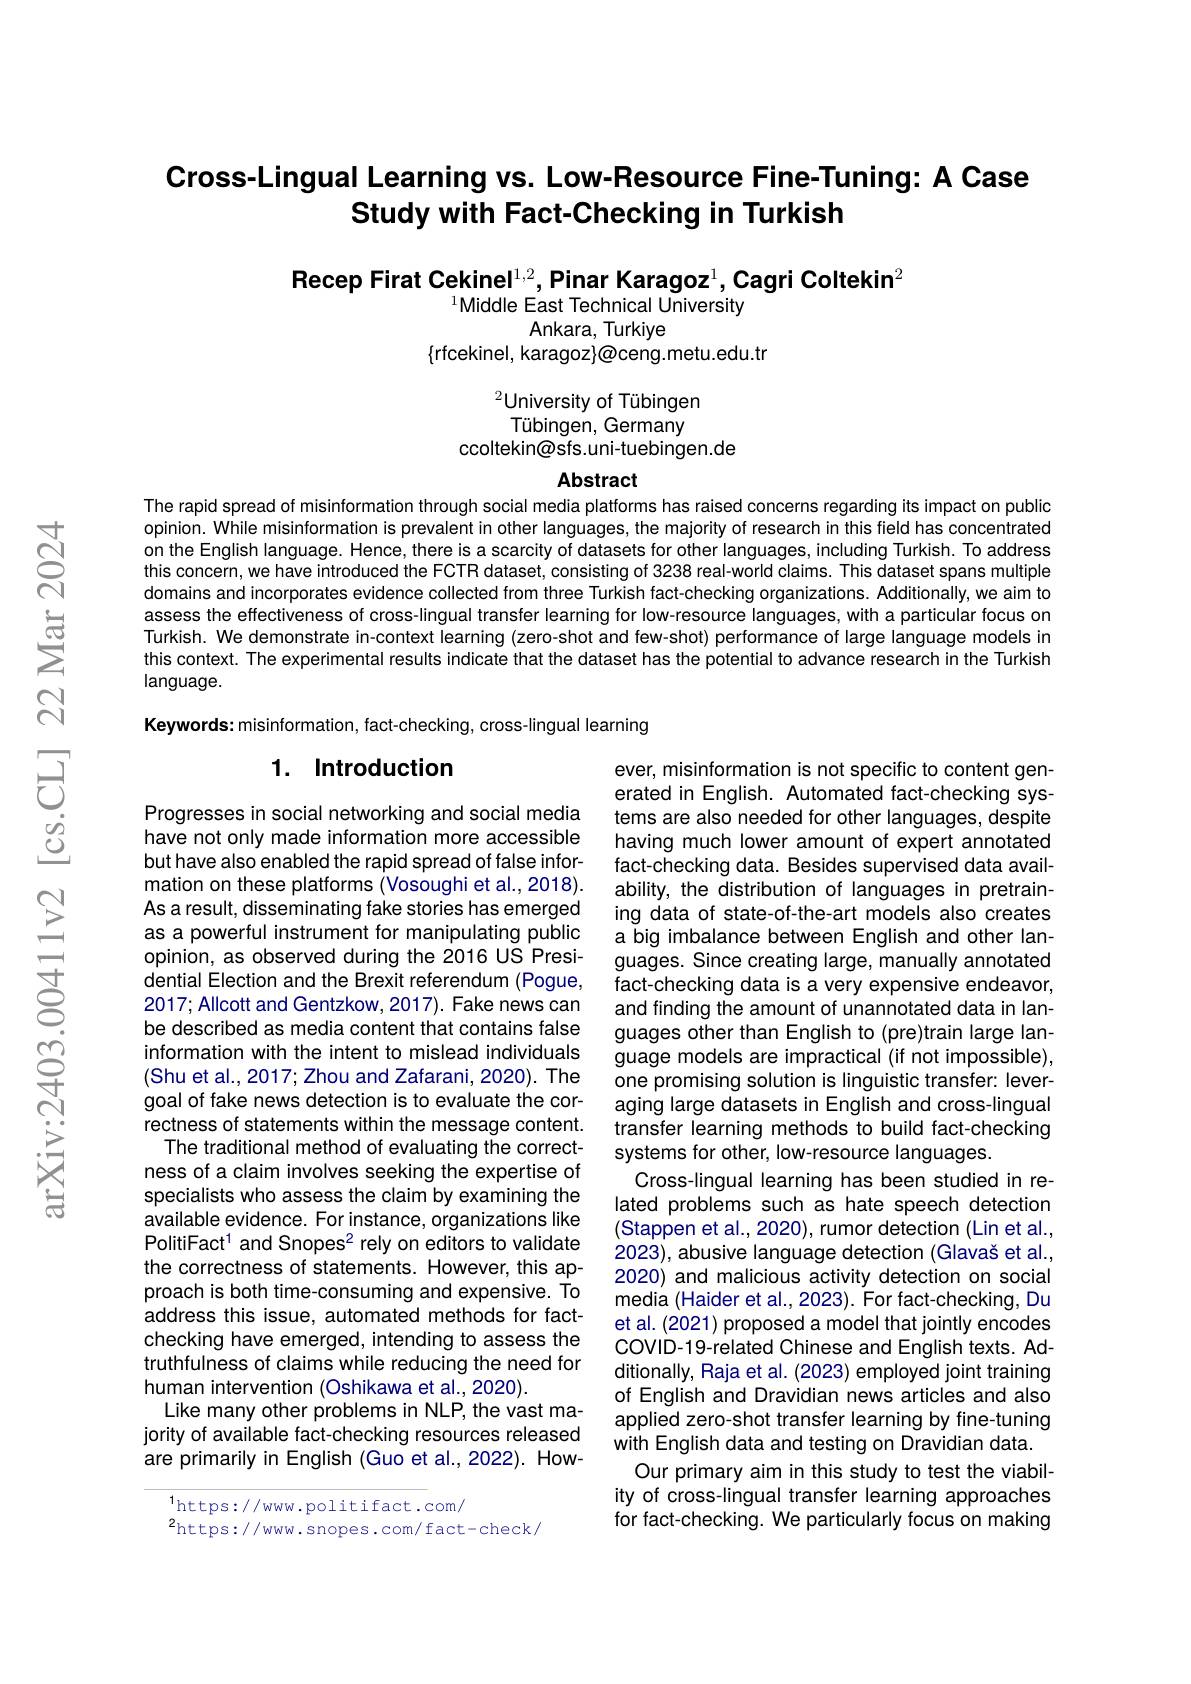
Cross-Lingual Learning vs. Low-Resource Fine-Tuning: A Case
Study with Fact-Checking in Turkish

Recep Firat Cekinel$^1,2$,Pinar Karagoz$^1$,Cagri Coltekin$^2$
### $^{1}$Middle East Technical University Ankara, Turkiye

$\{$rfcekinel, karagoz}@ceng.metu.edu.tr

$^{2}$University of Tübingen Tübingen, Germany
ccoltekin@sfs.uni-tuebingen.de

Abstract

The rapid spread of misinformation through social media platforms has raised concerns regarding its impact on public opinion. While misinformation is prevalent in other languages, the majority of research in this field has concentrated on the English language. Hence, there is a scarcity of datasets for other languages, including Turkish. To address this concern, we have introduced the FCTR dataset, consisting of 3238 real-world claims. This dataset spans multiple domains and incorporates evidence collected from three Turkish fact-checking organizations. Additionally, we aim to assess the effectiveness of cross-lingual transfer learning for low-resource languages, with a particular focus on Turkish. We demonstrate in-context learning (zero-shot and few-shot) performance of large language models in this context. The experimental results indicate that the dataset has the potential to advance research in the Turkish $language.$

Keywords: misinformation, fact-checking, cross-lingual learning

### 1. Introduction

Progresses in social networking and social media have not only made information more accessible but have also enabled the rapid spread of false information on these platforms (Vosoughi et al., 2018). As a result, disseminating fake stories has emerged as a powerful instrument for manipulating public opinion, as observed during the 2016 US Presidential Election and the Brexit referendum (Pogue, 2017; Allcott and Gentzkow, 2017). Fake news can be described as media content that contains false information with the intent to mislead individuals (Shu et al., 2017; Zhou and Zafarani, 2020). The goal of fake news detection is to evaluate the correctness of statements within the message content. The traditional method of evaluating the correctness of a claim involves seeking the expertise of specialists who assess the claim by examining the available evidence. For instance, organizations like PolitiFact$^1$ and Snopes$^2$ rely on editors to validate the correctness of statements. However, this approach is both time-consuming and expensive. To address this issue, automated methods for factchecking have emerged, intending to assess the truthfulness of claims while reducing the need for human intervention (Oshikawa et al.,2020).
Like many other problems in NLP, the vast majority of available fact-checking resources released are primarily in English (Guo et al., 2022). How-

ever, misinformation is not specific to content generated in English. Automated fact-checking systems are also needed for other languages, despite having much lower amount of expert annotated fact-checking data. Besides supervised data availability, the distribution of languages in pretraining data of state-of-the-art models also creates a big imbalance between English and other languages. Since creating large, manually annotated fact-checking data is a very expensive endeavor, and finding the amount of unannotated data in languages other than English to (pre)train large language models are impractical (if not impossible), one promising solution is linguistic transfer: leveraging large datasets in English and cross-lingual transfer learning methods to build fact-checking systems for other, low-resource languages.
Cross-lingual learning has been studied in related problems such as hate speech detection (Stappen et al., 2020), rumor detection (Lin et al., 2023), abusive language detection (Glavaš et al. 2020) and malicious activity detection on social media (Haider et al., 2023). For fact-checking, Du et al. (2021) proposed a model that jointly encodes COVID-19-related Chinese and English texts. Additionally, Raja et al. (2023) employed joint training of English and Dravidian news articles and also applied zero-shot transfer learning by fine-tuning with English data and testing on Dravidian data. Our primary aim in this study to test the viability of cross-lingual transfer learning approaches for fact-checking. We particularly focus on making

$^{1}$https://www.politifact.com/
$^{2}$https://www.snopes.com/fact-check/